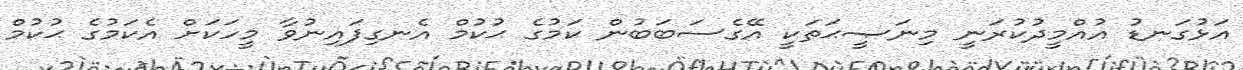
އަޅުގަނޑު އުއްމީދުކުރަނީ މިނަޞީޙަތަކީ އޭގެސަބަބުން ކަމުގެ ޙުކުމް އެނގިފައިނުވާ މީހަކަށް އެކަމުގެ ޙުކުމް